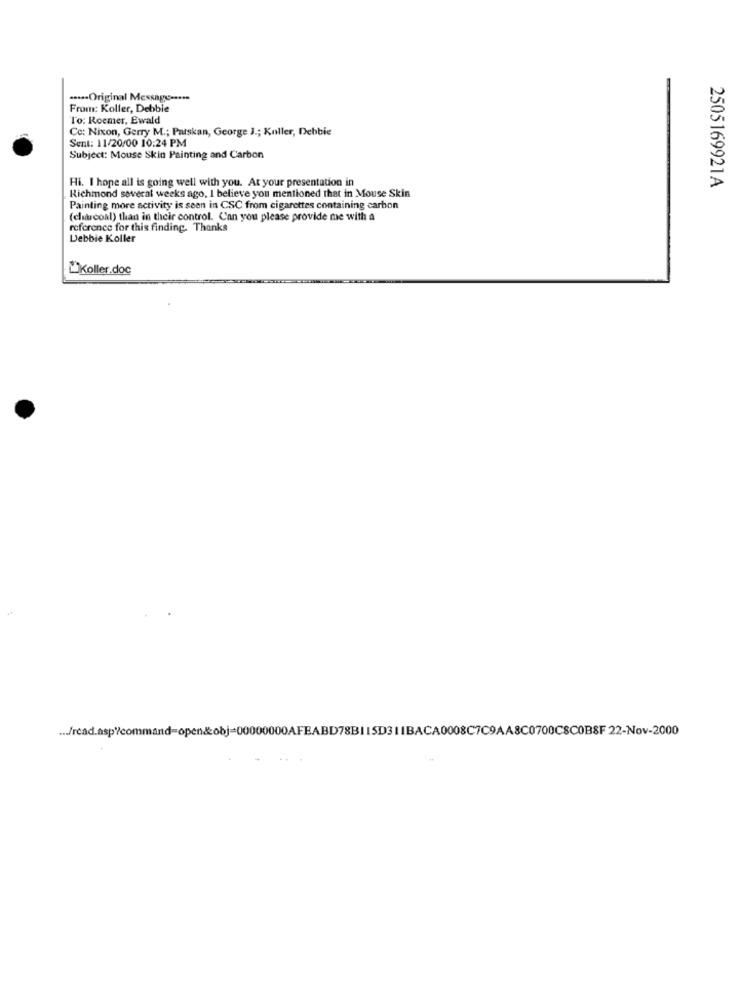
....- Original Message -- sms
From: Koller, Debbie
To: Roemer, Ewald
Co: Nixon, Gerry M .; Patskan, George J .; Koller, Debbie
Sent: 11/20/00 10:24 PM
Subject: Mouse Skin Painting and Carbon
Hi. I hope all is going well with you. At your presentation in
Richmond several weeks ago, I believe you mentioned that in Mouse Skin
2505169921A
Painting more activity is seen in CSC from cigarettes containing carbon
(charcoal) than in their control. Can you please provide me with a
reference for this finding. Thanks
Debbie Koller
Koller.doc
... /read.asp?command=open&obj=00000000AFEABD78B11SD311BACA0008C7C9AA8C0700CSCOBSF 22-Nov-2000